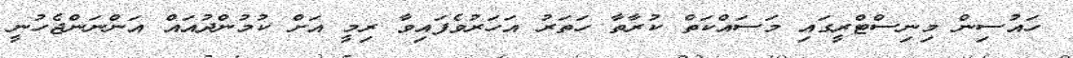
ހައުސިން މިނިސްޓްރީގައި މަސައްކަތް ކުރާތާ ހަތަރު އަހަރުވެފައިވާ ރިމީ އަށް ކުމުންދުއައް އަންނަންޖެހުނީ